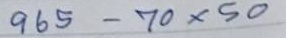
965 - 70 x 50